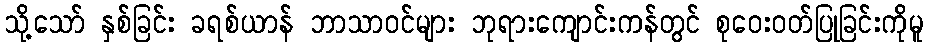
သို့သော် နှစ်ခြင်း ခရစ်ယာန် ဘာသာဝင်များ ဘုရားကျောင်းကန်တွင် စုဝေးဝတ်ပြုခြင်းကိုမူ